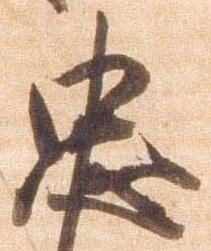
忠